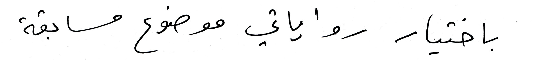
باختيار رواياتي موضوع مسابقة